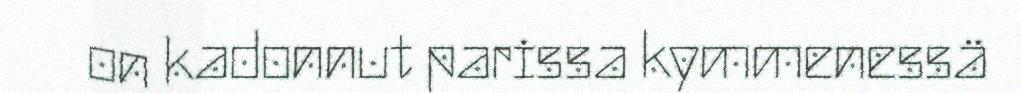
on kadonnut parissa kymmenessä